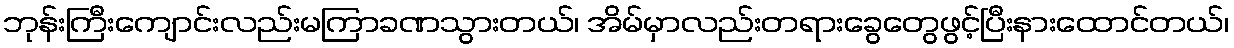
ဘုန်းကြီးကျောင်းလည်းမကြာခဏသွားတယ်၊ အိမ်မှာလည်းတရားခွေတွေဖွင့်ပြီးနားထောင်တယ်၊